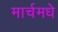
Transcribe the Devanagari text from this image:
मार्चमधे